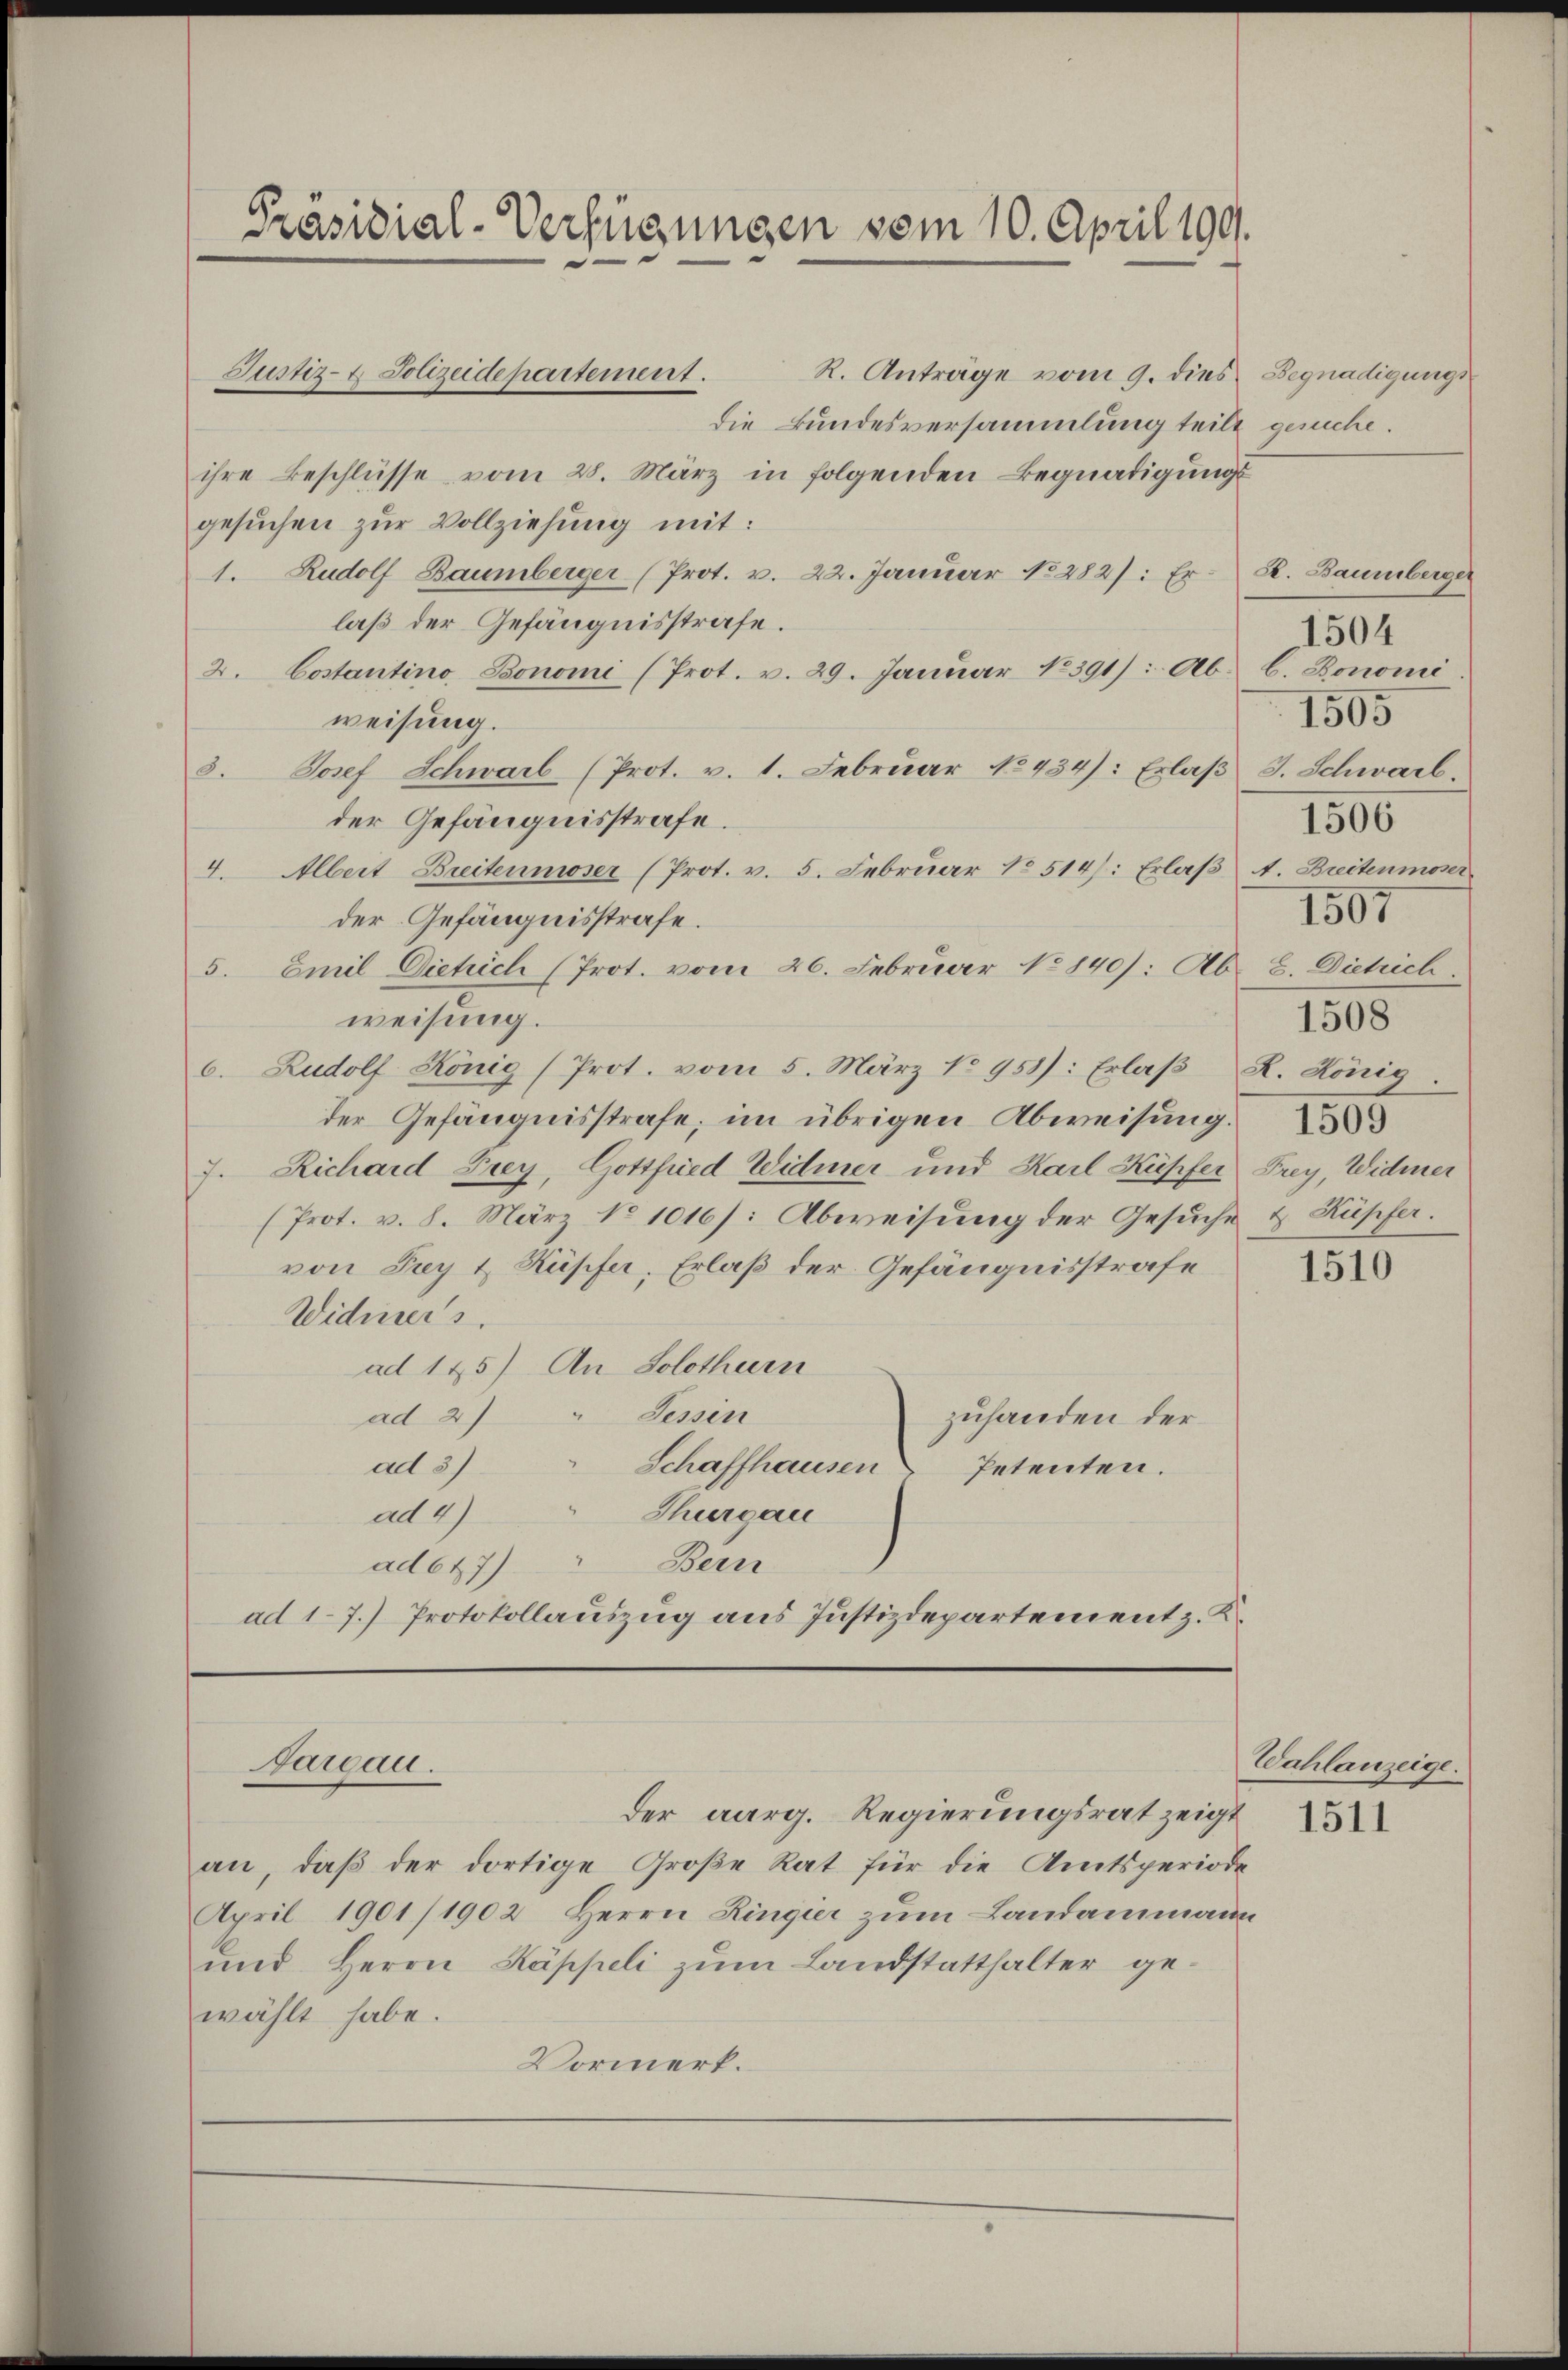
R. Anträge vom 9. dies Begnadigungs
die Bundesversammlung teilt gesuche.
ihre Beschlüsse vom 28. März in folgenden Begnadigungs
gesuchen zur Vollziehung mit:
1. Rudolf Baumberger (Prot. v. 22. Januar 282): Er K. Baumberger
laß der Gefängnisstrafe.
2. Costantino, Bonomi (Prot. v. 29. Janŭar 18391): Ab. b. Bonomi
weisung.
3. Josef Schwarb (Prot. v. 1. Februar 18434): Erlaβ J. Schwarb.
der Gefängnisstrafe.
4. Albert Breitenmoser (Prot. v. 5. Februar 18514): Erlaβ A. Breitenmoser
der Gefängnisstrafe.
5. Emil Dietrich (Prot. vom 26. Februar 18840/: Ab. 8. Dietrich
weisung.
6. Rudolf König (Prot. vom 5. März No 953): Erlaß R. König
der Gefängnisstrafe; im übrigen Abweisung.
7. Richard Frey, Gottfried Widmer und Karl Kupfer Frey, Widmer
(Prot. v. 8. März No 1016/: Abweisung der Gesuche & Kupfer.
von Sey & Kupfer, Erlaß der Gefängnisstrafe
1510
Widmers.
ad 145) An Solothurn
ad 2) " Tessin
zuhanden der
ad 3)
Schaffhausen
Petenten.
ad 47
Thurgau
ad 647) Bern
ad 17.) Protokollauszug aus Justizdepartement z. K.

Präsidial-Verfügungen vom 10. April 199.

Justiz- & Polizeidepartement.

Jareau.

Der aarg. Regierungsrat zeigt
an, daß der dortige Große Rat für die Amtsperiode
April 1901/1902 Herrn Ringier zum Landammann
und Herrn Kappeli zum Landstatthalter gewählt habe.
Vormerk.

1504
1505
1506
1507
1508

Wahlanzeige.
1511